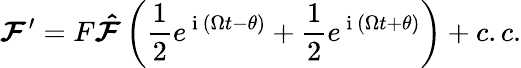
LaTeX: \boldsymbol{\mathcal{F}}^{\prime}=F\boldsymbol{\hat{\mathcal{F}}}\left(\frac{1}{2}e^{\mathrm{~i~}\left(\Omega t-\theta\right)}+\frac{1}{2}e^{\mathrm{~i~}\left(\Omega t+\theta\right)}\right)+c.c.